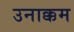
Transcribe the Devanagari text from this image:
उनाक्कम